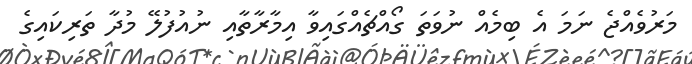
މަރުވެއްޖެ ނަމަ އެ ބިމެއް ނުވަތަ ގޯއްޗެއްގައިވާ އިމާރާތާއި ނުއުފުލޭ މުދާ ތަރިކައިގެ